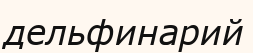
дельфинарий